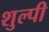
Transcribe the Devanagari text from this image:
शुल्पी